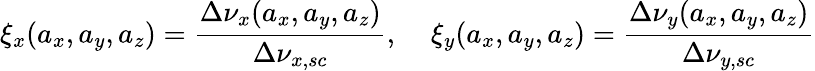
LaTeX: \xi_{x}(a_{x},a_{y},a_{z})=\frac{\Delta\nu_{x}(a_{x},a_{y},a_{z})}{\Delta\nu_{x,sc}},\; \; \; \; \xi_{y}(a_{x},a_{y},a_{z})=\frac{\Delta\nu_{y}(a_{x},a_{y},a_{z})}{\Delta\nu_{y,sc}}